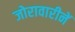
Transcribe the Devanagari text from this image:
जोरावारीनें